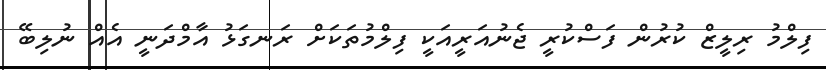
ފިލްމު ރިލީޒް ކުރުން ފަސްކުރީ ޖެނުއަރީއަކީ ފިލްމުތަކަށް ރަނގަޅު އާމްދަނީ އެއް ނުލިބޭ